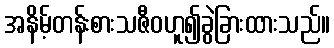
အနိမ့်တန်းစားသဇီဝဟူ၍ခွဲခြားထားသည်။